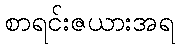
စာရင်းဇယားအရ